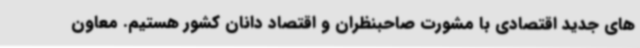
های جدید اقتصادی با مشورت صاحبنظران و اقتصاد دانان کشور هستیم. معاون